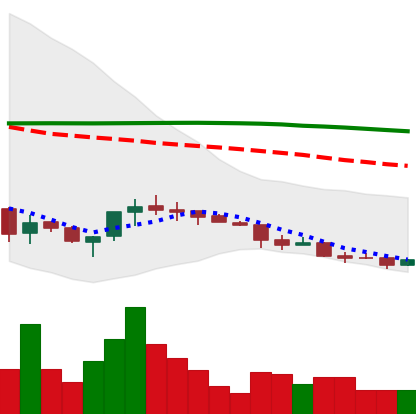
Ticker: ETC-USD
Chart end date: 2018-04-02
Forward return: -4.657%
Label: down_3_5